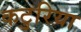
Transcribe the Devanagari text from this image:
कटुरिया